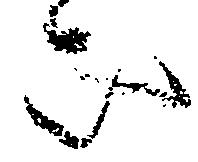
罷